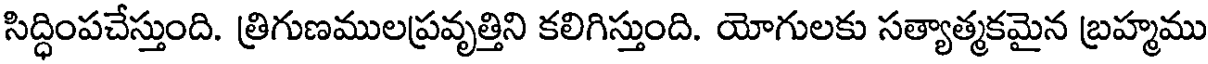
సిద్ధింపచేస్తుంది. త్రిగుణములప్రవృత్తిని కలిగిస్తుంది. యోగులకు సత్యాత్మకమైన బ్రహ్మము